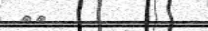
٢٢